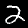
Label: 2